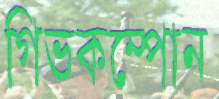
গিভকম্পোন